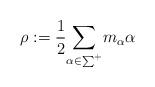
LaTeX: \begin{align*}\rho: = \frac{1}{2} \underset{\alpha \in \sum^+}{\sum} m_{\alpha} \alpha\end{align*}